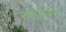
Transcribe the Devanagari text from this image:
समात्मा